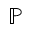
\mathbb { P }